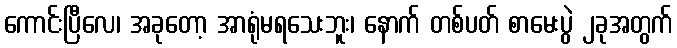
ကောင်းပြီလေ၊ အခုတော့ အာရုံမရသေးဘူး၊ နောက် တစ်ပတ် စာမေးပွဲ ၂ခုအတွက်